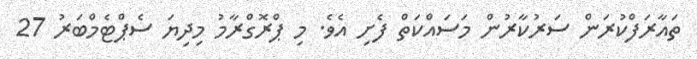
ތައާރަފްކުރަން ސަރުކާރުން މަސައްކަތް ފެށި އެވެ. މި ޕްރޮގްރާމު މިދިޔަ ސެޕްޓެމްބަރު 27